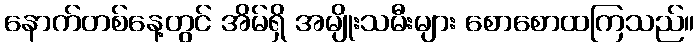
နောက်တစ်နေ့တွင် အိမ်ရှိ အမျိုးသမီးများ စောစောထကြသည်။